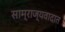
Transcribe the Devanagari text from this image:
साम्राज्यवादात